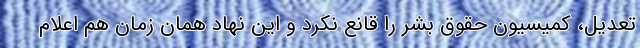
تعدیل، کمیسیون حقوق بشر را قانع نکرد و این نهاد همان زمان هم اعلام